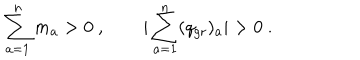
\sum _ { a = 1 } ^ { n } m _ { a } > 0 \ , \qquad | \sum _ { a = 1 } ^ { n } ( q _ { \mathrm { g r } } ) _ { a } | > 0 \ .